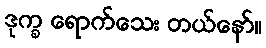
ဒုက္ခ ရောက်သေး တယ်နော်။